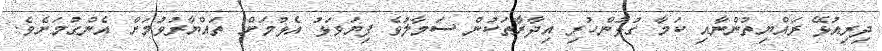
ދިރިއުޅޭ ރައްޔިތުންނާއި ކަމާ ގުޅުންހުރި އިދާރާތަކުން ސަމާލުވެ ފިޔަވަޅު އެޅުމަށް ތައްޔާރުވުމަށް އެންގުމަށެވެ.